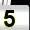
Digit: 5